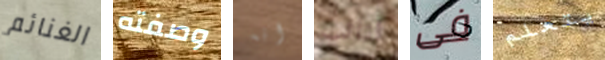
الغنائم وصفته انه لنائب فى يتعلم